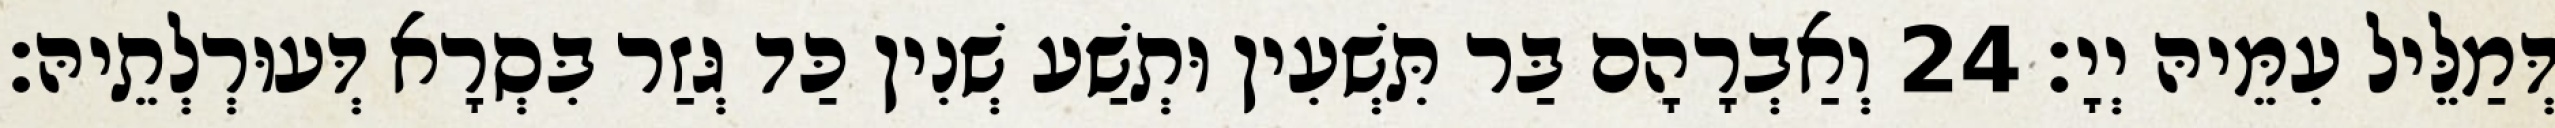
דְּמַלֵּיל עִמֵּיהּ יְיָ׃ 24 וְאַבְרָהָם בַּר תִּשְׁעִין וּתְשַׁע שְׁנִין כַּד גְּזַר בִּסְרָא דְּעוּרְלְתֵיהּ׃